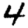
Digit: 4